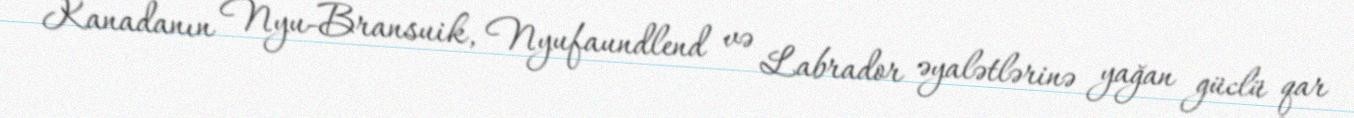
Kanadanın Nyu-Bransuik, Nyufaundlend və Labrador əyalətlərinə yağan güclü qar